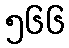
၅၆၆